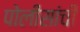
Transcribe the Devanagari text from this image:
पोलीसांची